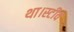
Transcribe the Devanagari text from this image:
था।स्टीव